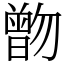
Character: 朆